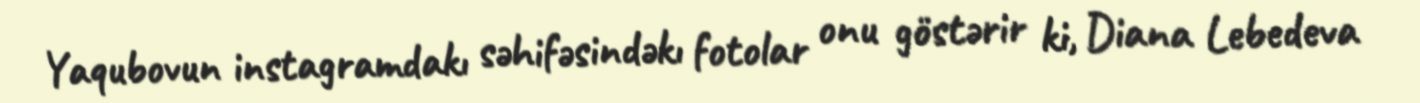
Yaqubovun instagramdakı səhifəsindəkı fotolar onu göstərir ki, Diana Lebedeva